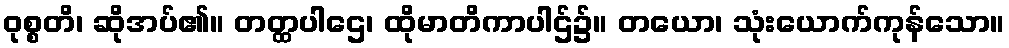
ဝုစ္စတိ၊ ဆိုအပ်၏။ တတ္ထပါဌေ၊ ထိုမာတိကာပါဌ်၌။ တယော၊ သုံးယောက်ကုန်သော။